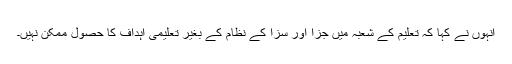
انہوں نے کہا کہ تعلیم کے شعبہ میں جزا اور سزا کے نظام کے بغیر تعلیمی اہداف کا حصول ممکن نہیں۔